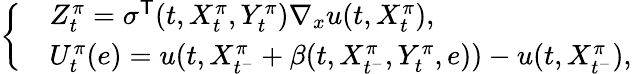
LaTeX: \begin{array}{r}{\left\{ \begin{array}{rl}&{Z_{t}^{\pi}=\sigma^{\mathsf{T}}(t,X_{t}^{\pi},Y_{t}^{\pi})\nabla_{x}u(t,X_{t}^{\pi}),}\\ &{U_{t}^{\pi}(e)=u(t,X_{t^{-}}^{\pi}+\beta(t,X_{t^{-}}^{\pi},Y_{t}^{\pi},e))-u(t,X_{t^{-}}^{\pi}),}\end{array}\right.}\end{array}